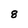
Character: 8